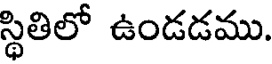
స్థితిలో ఉండడము.